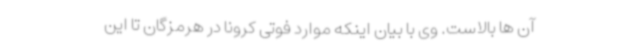
آن ها بالاست. وی با بیان اینکه موارد فوتی کرونا در هرمزگان تا این